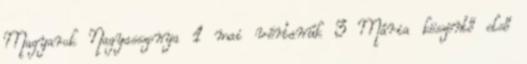
Magyarok Nagyasszonya 1 mai vértanúk 3 Mária köszöntő első